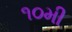
૧૦મી